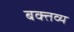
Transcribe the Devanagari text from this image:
बक्तव्य